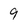
Character: 9